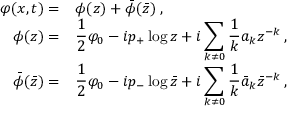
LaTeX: \begin{array} { r l } { { \displaystyle \varphi ( x , t ) = } } & { { \phi ( z ) + \bar { \phi } ( \bar { z } ) \: , } } \\ { { \phi ( z ) = } } & { { \displaystyle \frac { 1 } { 2 } \varphi _ { 0 } - i p _ { + } \log z + i \displaystyle \sum _ { k \neq 0 } \displaystyle \frac { 1 } { k } a _ { k } z ^ { - k } \: , } } \\ { { \bar { \phi } ( \bar { z } ) = } } & { { \displaystyle \frac { 1 } { 2 } \varphi _ { 0 } - i p _ { - } \log \bar { z } + i \displaystyle \sum _ { k \neq 0 } \displaystyle \frac { 1 } { k } \bar { a } _ { k } \bar { z } ^ { - k } \: , } } \end{array}